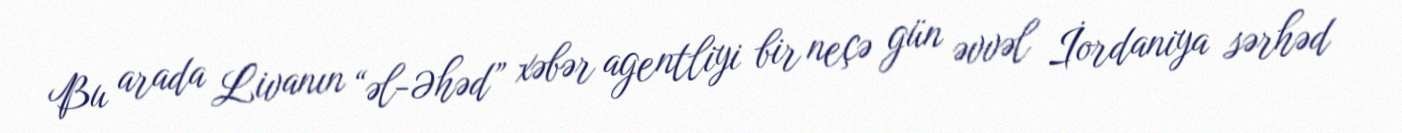
Bu arada Livanın “əl-Əhəd” xəbər agentliyi bir neçə gün əvvəl İordaniya sərhəd